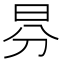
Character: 𣌥